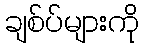
ချစ်ပ်များကို